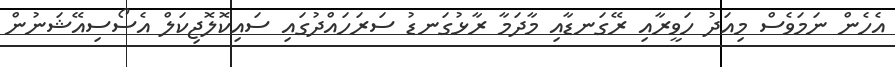
އެހެން ނަމަވެސް މިއަދު ހަވީރާއި ރޭގަނޑާއި މާދަމާ ރާޅުގަނޑު ސަރަހައްދުގައި ސައިކޮލޮޖިކަލް އެސޯސިއޭޝަނުން